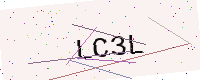
Text: LC3L